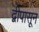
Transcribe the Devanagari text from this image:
द्वीपासून